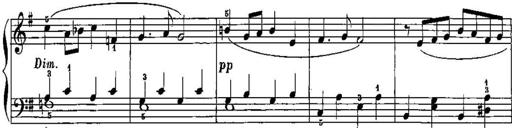
Title: Trois sonatines
Composer: Maurice Emmanuel